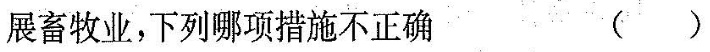
展畜牧业，下列哪项措施不正确（）